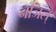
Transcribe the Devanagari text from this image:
नञिल्